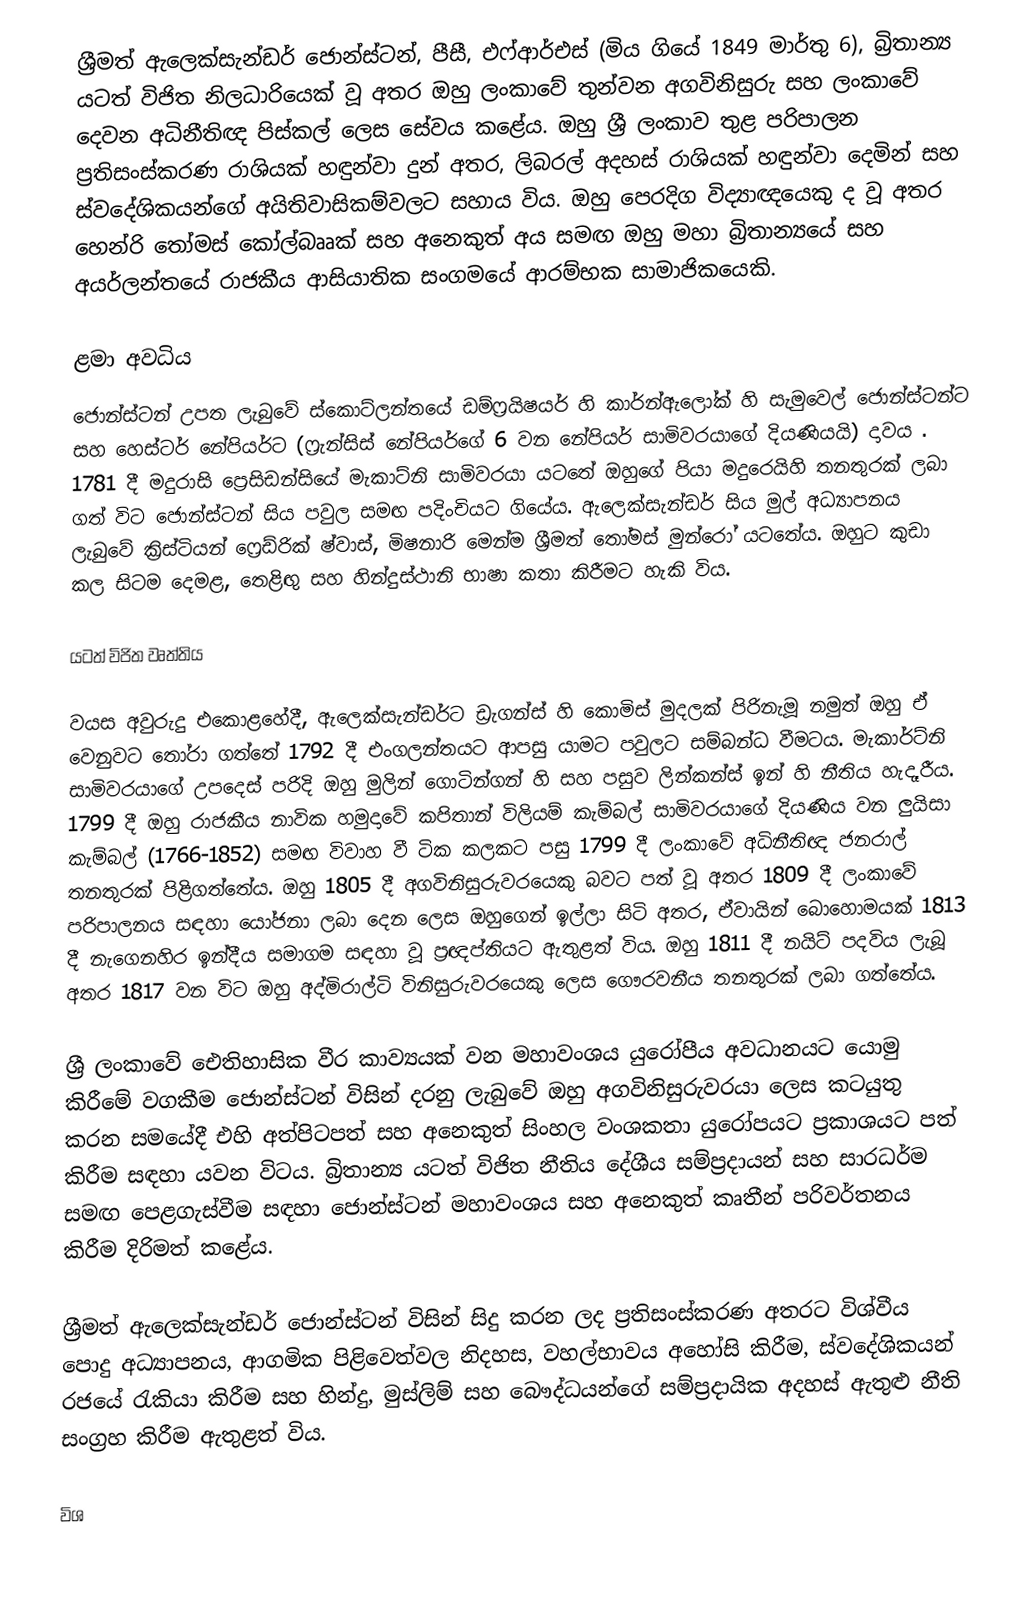
ශ්‍රීමත් ඇලෙක්සැන්ඩර් ජොන්ස්ටන්, පීසී, එෆ්ආර්එස් (මිය ගියේ 1849 මාර්තු 6), බ්‍රිතාන්‍ය යටත් විජිත නිලධාරියෙක් වූ අතර ඔහු ලංකාවේ තුන්වන අගවිනිසුරු සහ ලංකාවේ දෙවන අධිනීතිඥ පිස්කල් ලෙස සේවය කළේය. ඔහු ශ්‍රී ලංකාව තුළ පරිපාලන ප්‍රතිසංස්කරණ රාශියක් හඳුන්වා දුන් අතර, ලිබරල් අදහස් රාශියක් හඳුන්වා දෙමින් සහ ස්වදේශිකයන්ගේ අයිතිවාසිකම්වලට සහාය විය. ඔහු පෙරදිග විද්‍යාඥයෙකු ද වූ අතර හෙන්රි තෝමස් කෝල්බෲක් සහ අනෙකුත් අය සමඟ ඔහු මහා බ්‍රිතාන්‍යයේ සහ අයර්ලන්තයේ රාජකීය ආසියාතික සංගමයේ ආරම්භක සාමාජිකයෙකි.

ළමා අවධිය
ජොන්ස්ටන් උපත ලැබුවේ ස්කොට්ලන්තයේ ඩම්ෆ්‍රයිෂයර් හි කාර්න්ඇලෝක් හි සැමුවෙල් ජොන්ස්ටන්ට සහ හෙස්ටර් නේපියර්ට (ෆ්‍රැන්සිස් නේපියර්ගේ 6 වන නේපියර් සාමිවරයාගේ දියණියයි) දාවය . 1781 දී මදුරාසි ප්‍රෙසිඩන්සියේ මැකාට්නි සාමිවරයා යටතේ ඔහුගේ පියා මදුරෙයිහි තනතුරක් ලබා ගත් විට ජොන්ස්ටන් සිය පවුල සමඟ පදිංචියට ගියේය. ඇලෙක්සැන්ඩර් සිය මුල් අධ්‍යාපනය ලැබුවේ ක්‍රිස්ටියන් ෆ්‍රෙඩ්රික් ෂ්වාස්, මිෂනාරි මෙන්ම ශ්‍රීමත් තෝමස් මුන්රෝ යටතේය. ඔහුට කුඩා කල සිටම දෙමළ, තෙළිඟු සහ හින්දුස්ථානි භාෂා කතා කිරීමට හැකි විය.

යටත් විජිත වෘත්තිය

වයස අවුරුදු එකොළහේදී, ඇලෙක්සැන්ඩර්ට ඩ්‍රැගන්ස් හි කොමිස් මුදලක් පිරිනැමූ නමුත් ඔහු ඒ වෙනුවට තෝරා ගත්තේ 1792 දී එංගලන්තයට ආපසු යාමට පවුලට සම්බන්ධ වීමටය. මැකාර්ට්නි සාමිවරයාගේ උපදෙස් පරිදි ඔහු මුලින් ගොටින්ගන් හි සහ පසුව ලින්කන්ස් ඉන් හි නීතිය හැදෑරීය. 1799 දී ඔහු රාජකීය නාවික හමුදාවේ කපිතාන් විලියම් කැම්බල් සාමිවරයාගේ දියණිය වන ලුයිසා කැම්බල් (1766-1852) සමඟ විවාහ වී ටික කලකට පසු 1799 දී ලංකාවේ අධිනීතිඥ ජනරාල් තනතුරක් පිළිගත්තේය. ඔහු 1805 දී අගවිනිසුරුවරයෙකු බවට පත් වූ අතර 1809 දී ලංකාවේ පරිපාලනය සඳහා යෝජනා ලබා දෙන ලෙස ඔහුගෙන් ඉල්ලා සිටි අතර, ඒවායින් බොහොමයක් 1813 දී නැගෙනහිර ඉන්දීය සමාගම සඳහා වූ ප්‍රඥප්තියට ඇතුළත් විය. ඔහු 1811 දී නයිට් පදවිය ලැබූ අතර 1817 වන විට ඔහු අද්මිරාල්ටි විනිසුරුවරයෙකු ලෙස ගෞරවනීය තනතුරක් ලබා ගත්තේය.

ශ්‍රී ලංකාවේ ඓතිහාසික වීර කාව්‍යයක් වන මහාවංශය යුරෝපීය අවධානයට යොමු කිරීමේ වගකීම ජොන්ස්ටන් විසින් දරනු ලැබුවේ ඔහු අගවිනිසුරුවරයා ලෙස කටයුතු කරන සමයේදී එහි අත්පිටපත් සහ අනෙකුත් සිංහල වංශකතා යුරෝපයට ප්‍රකාශයට පත් කිරීම සඳහා යවන විටය.  බ්‍රිතාන්‍ය යටත් විජිත නීතිය දේශීය සම්ප්‍රදායන් සහ සාරධර්ම සමඟ පෙළගැස්වීම සඳහා ජොන්ස්ටන් මහාවංශය සහ අනෙකුත් කෘතීන් පරිවර්තනය කිරීම දිරිමත් කළේය.

ශ්‍රීමත් ඇලෙක්සැන්ඩර් ජොන්ස්ටන් විසින් සිදු කරන ලද ප්‍රතිසංස්කරණ අතරට විශ්වීය පොදු අධ්‍යාපනය, ආගමික පිළිවෙත්වල නිදහස, වහල්භාවය අහෝසි කිරීම,  ස්වදේශිකයන් රජයේ රැකියා කිරීම සහ හින්දු, මුස්ලිම් සහ බෞද්ධයන්ගේ සම්ප්‍රදායික අදහස් ඇතුළු නීති සංග්‍රහ කිරීම ඇතුළත් විය.

විශ